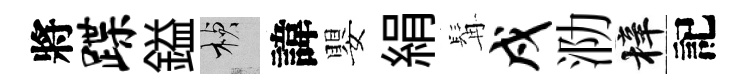
將蹀鎰楨諱嬰絹髯戍泐梓記